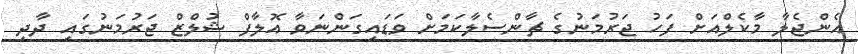
އެންޖެލާ މާކެލްއަށް ފަހު ޖަރުމަނުގެ ޗާންސެލާކަމަށް ވަޑައިގަންނަވާ އޮލާފް ޝުލްޒް ޖަރުމަނުގައި ދާދި